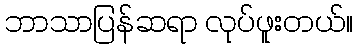
ဘာသာပြန်ဆရာ လုပ်ဖူးတယ်။